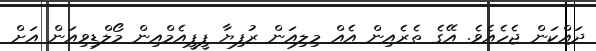
ދައްކަން ޖެހެއެވެ. އޭގެ ތެރެއިން އެއް މިލިއަން ރުފިޔާ ޕީޕީއެމްއިން މޯލްޑިވިއަން އަށް